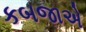
કબજાએ